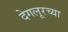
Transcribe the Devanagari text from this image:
देगलूरच्या